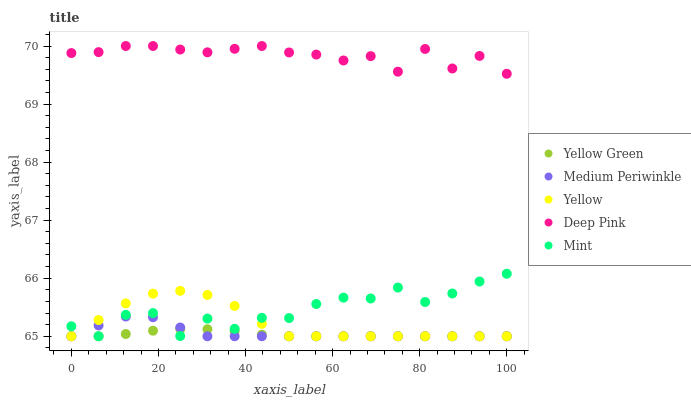
| xaxis_label | Yellow Green | Medium Periwinkle | Yellow | Deep Pink | Mint |
 | --- | --- | --- | --- | --- | --- |
 | 0 | 65 | 65 | 65 | 69.9 | 65.2 |
 | 6.25 | 65 | 65.2 | 65.3 | 69.9 | 65 |
 | 12.5 | 65 | 65.3 | 65.6 | 70 | 65.4 |
 | 18.8 | 65.1 | 65.3 | 65.7 | 70 | 65.4 |
 | 25 | 65.1 | 65.2 | 65.8 | 69.9 | 65 |
 | 31.2 | 65.1 | 65 | 65.7 | 69.9 | 65.3 |
 | 37.5 | 65.1 | 65 | 65.5 | 70 | 65.1 |
 | 43.8 | 65 | 65 | 65.2 | 70 | 65.3 |
 | 50 | 65 | 65 | 65 | 69.9 | 65.3 |
 | 56.2 | 65 | 65 | 65 | 69.9 | 65.6 |
 | 62.5 | 65 | 65 | 65 | 69.8 | 65.7 |
 | 68.8 | 65 | 65 | 65 | 69.8 | 65.7 |
 | 75 | 65 | 65 | 65 | 69.6 | 65.8 |
 | 81.2 | 65 | 65 | 65 | 69.9 | 65.6 |
 | 87.5 | 65 | 65 | 65 | 69.6 | 65.7 |
 | 93.8 | 65 | 65 | 65 | 69.8 | 65.9 |
 | 100 | 65 | 65 | 65 | 69.5 | 66.1 |